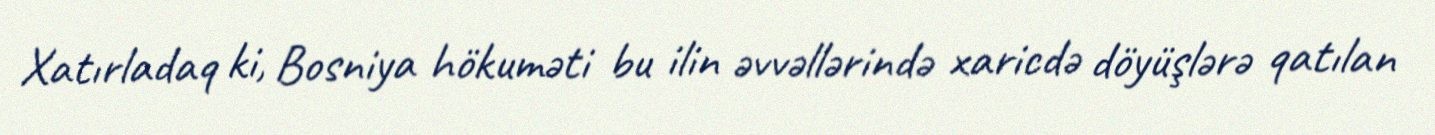
Xatırladaq ki, Bosniya hökuməti bu ilin əvvəllərində xaricdə döyüşlərə qatılan